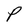
Character: P